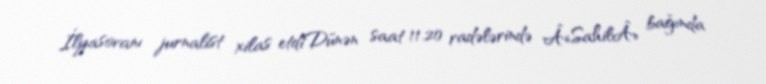
İlyasovanı jurnalist xilas etdiDünən saat 11.20 radələrində Â«SahilÂ» bağında